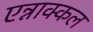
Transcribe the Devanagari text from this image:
एन्नाक्कल